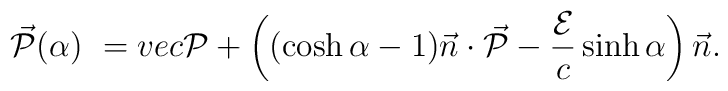
\vec{\cal{P}}(\alpha) \ = \\vec{\cal{P}} + \left((\cosh\alpha-1)\vec{n}\cdot\vec{\cal{P}} -\frac{\cal{E}}{c}\sinh\alpha\right)\vec{n} .